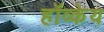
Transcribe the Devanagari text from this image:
हॉव्केय